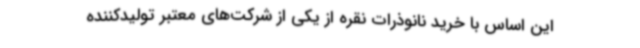
این اساس با خرید نانوذرات نقره از یکی از شرکت‌های معتبر تولیدکننده